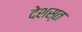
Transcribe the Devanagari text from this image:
देशस्त